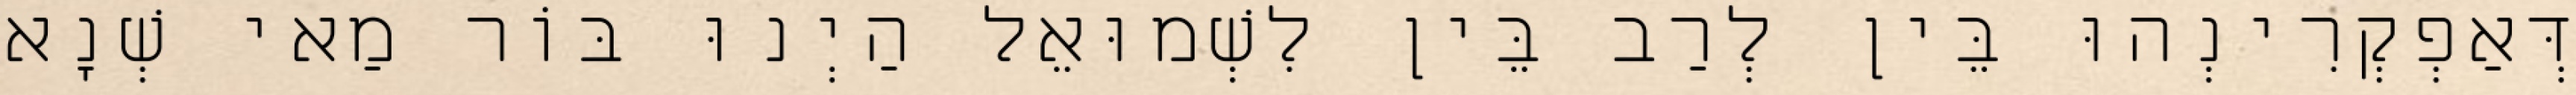
דְּאַפְקְרִינְהוּ בֵּין לְרַב בֵּין לִשְׁמוּאֵל הַיְנוּ בּוֹר מַאי שְׁנָא